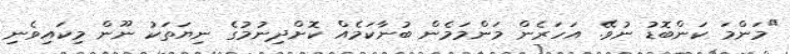
"މަންމަ ކަންބޮޑު ނުވޭ. އަހަރެން މަންމަމެން ބުނާކަމެއް ކޮށްދިނުމުގެ ނިޔަތަކު ނޫން މިކައިވެނި